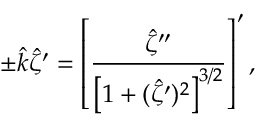
\pm \hat { k } \hat { \zeta } ^ { \prime } = \left[ \frac { \hat { \zeta } ^ { \prime \prime } } { \left[ 1 + ( \hat { \zeta } ^ { \prime } ) ^ { 2 } \right] ^ { 3 / 2 } } \right] ^ { \prime } ,